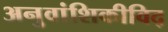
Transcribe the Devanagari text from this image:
अनुवांशिकीविद्